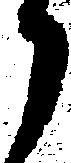
月